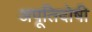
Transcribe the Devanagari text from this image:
अपूतिदोषी